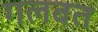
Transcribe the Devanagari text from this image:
गलबत